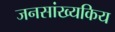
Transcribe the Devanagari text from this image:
जनसांख्यकिय